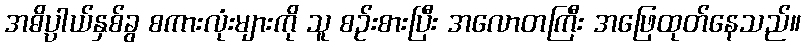
အဓိပ္ပာယ်နှစ်ခွ စကားလုံးများကို သူ စဉ်းစားပြီး အလောတကြီး အဖြေထုတ်နေသည်။